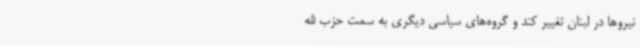
نیروها در لبنان تغییر کند و گروه‌های سیاسی دیگری به سمت حزب الله